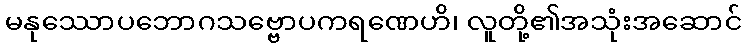
မနုဿောပဘောဂသဗ္ဗောပကရဏေဟိ၊ လူတို့၏အသုံးအဆောင်